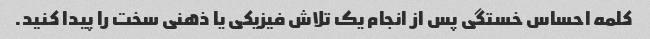
کلمه احساس خستگی پس از انجام یک تلاش فیزیکی یا ذهنی سخت را پیدا کنید.